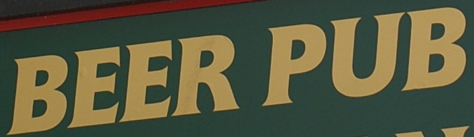
BEER PUB